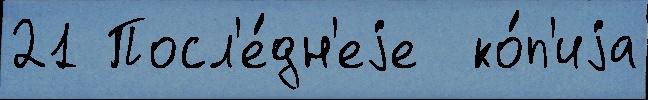
21 Посл'е́дн'еjе  ко́п'иjа